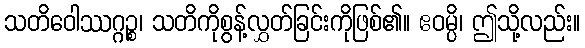
သတိဝေါဿဂ္ဂဉ္စ၊ သတိကိုစွန့်လွှတ်ခြင်းကိုဖြစ်၏။ ဧဝမ္ပိ၊ ဤသို့လည်း။